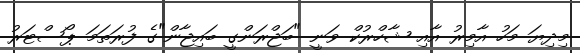
މިދިޔަ މަހު އާމިރު އާއި ޝާހްރުކް ވަނީ "ބަޖްރަންގީ ބައިޖާން"ގެ ފުރަތަމަ ޕޯސްޓަރު